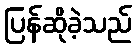
ပြန်ဆိုခဲ့သည်